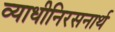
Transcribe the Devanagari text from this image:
व्याधीनिरसनार्थ